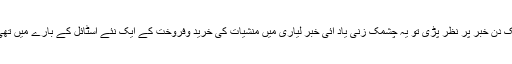
ایک دن خبر پر نظر پڑی تو یہ چشمک زنی یاد آئی خبر لیاری میں منشیات کی خرید وفروخت کے ایک نئے اسٹائل کے بارے میں تھی ۔